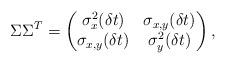
LaTeX: \begin{align*}\Sigma \Sigma^{T}=\begin{pmatrix} \sigma_x^2(\delta t) & \sigma_{x,y}(\delta t)\\ \sigma_{x,y}(\delta t) & \sigma_{y}^2(\delta t)\\ \end{pmatrix},\end{align*}